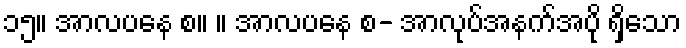
၁၅။ အာလပနေ စ။ ။ အာလပနေ စ- အာလုပ်အနက်အပို ရှိသော